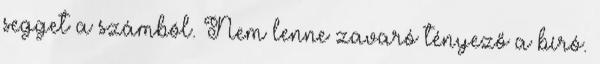
segget a számból. Nem lenne zavaró tényező a bíró.